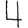
Digit: 4